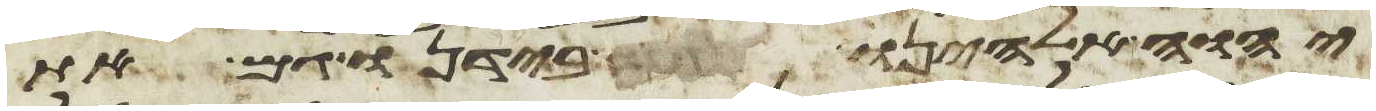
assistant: יהוה אלהינו בידנו גם את